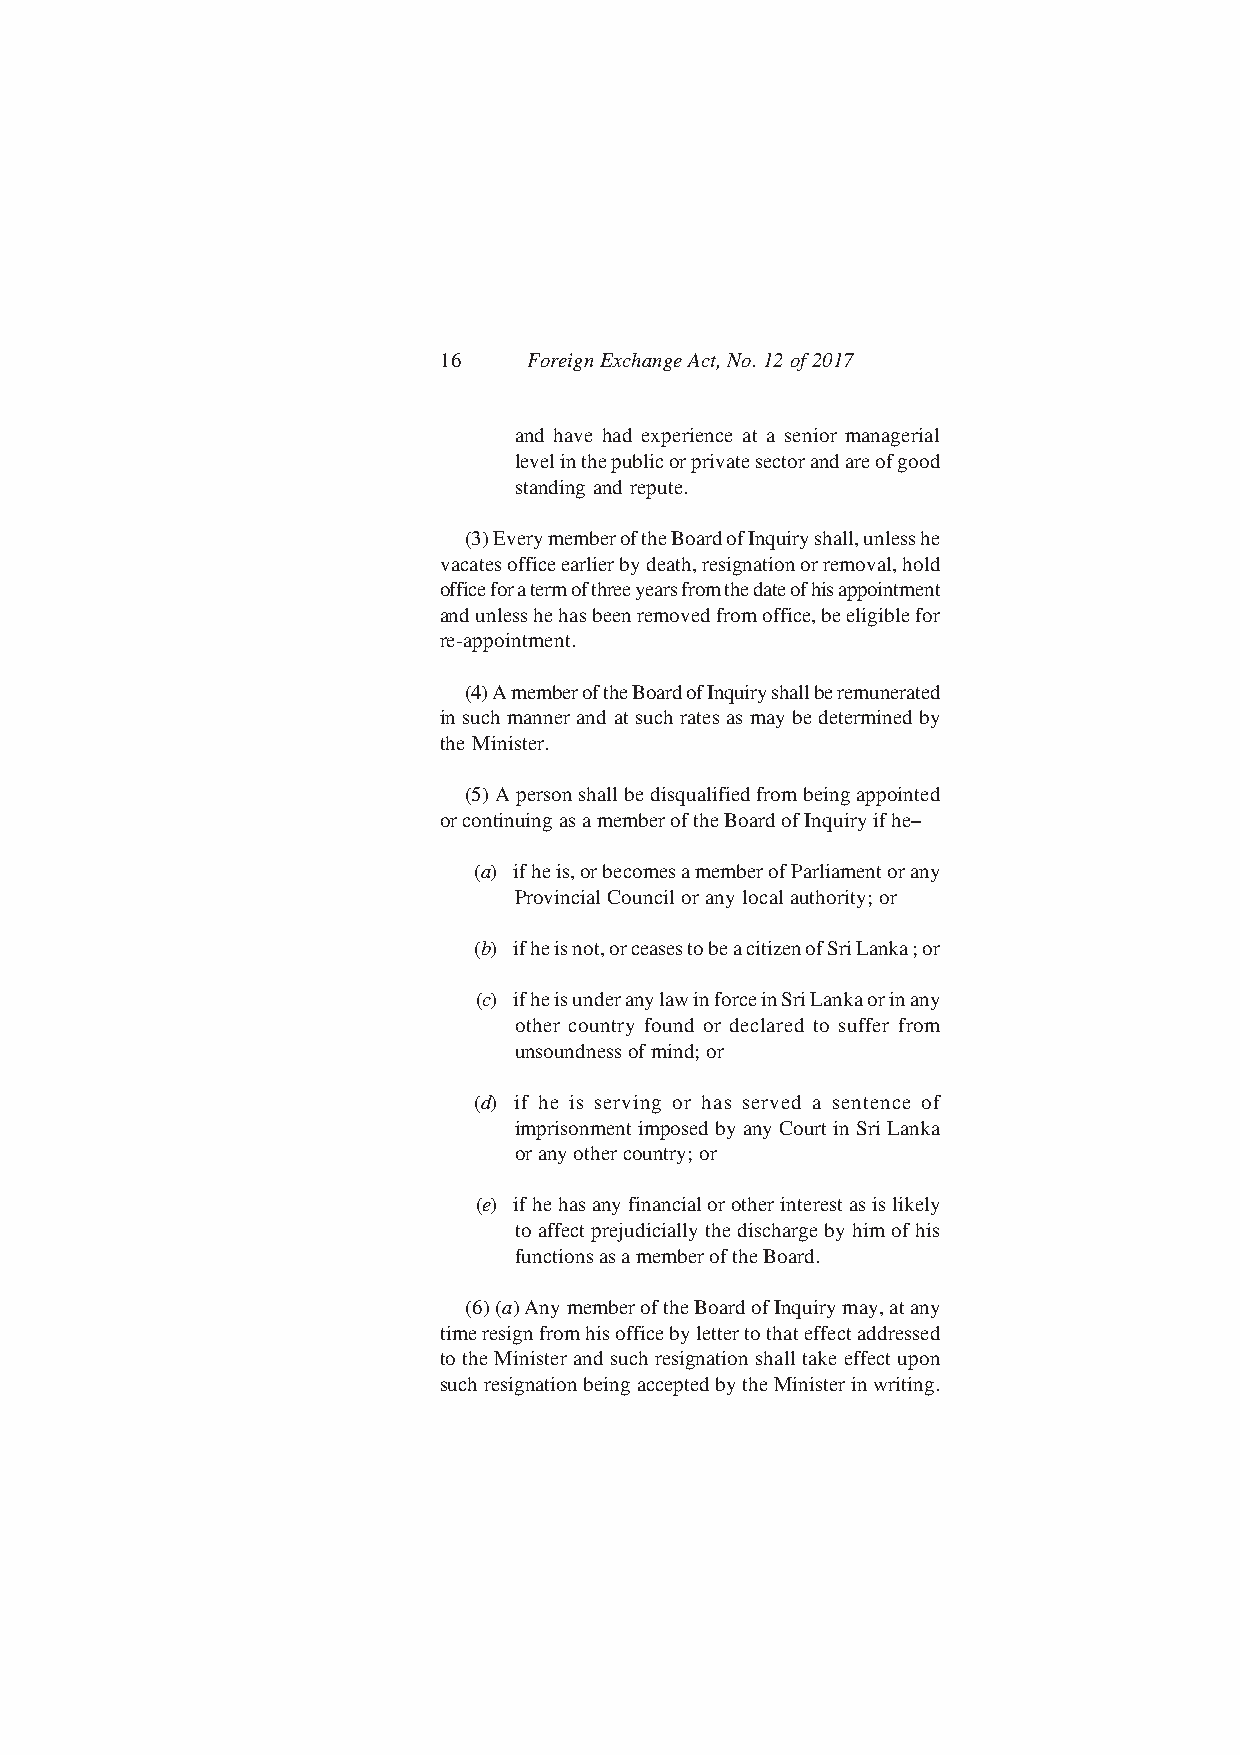
16    Foreign Exchange Act, No. 12 of 2017
 and have had experience at a senior managerial
 level in the public or private sector and are of good
 standing and repute.
 (3) Every member of the Board of Inquiry shall, unless he
 vacates office earlier by death, resignation or removal, hold
 office for a term of three years from the date of his appointment
 and unless he has been removed from office, be eligible for
 re-appointment.
 (4) A member of the Board of Inquiry shall be remunerated
 in such manner and at such rates as may be determined by
 the Minister.
 (5) A person shall be disqualified from being appointed
 or continuing as a member of the Board of Inquiry if he–
 (a) if he is, or becomes a member of Parliament or any
 Provincial Council or any local authority; or
 (b) if he is not, or ceases to be a citizen of Sri Lanka ; or
 (c) if he is under any law in force in Sri Lanka or in any
 other country found or declared to suffer from
 unsoundness of mind; or
 (d) if he is serving or has served a sentence of
 imprisonment imposed by any Court in Sri Lanka
 or any other country; or
 (e) if he has any financial or other interest as is likely
 to affect prejudicially the discharge by him of his
 functions as a member of the Board.
 (6) (a) Any member of the Board of Inquiry may, at any
 time resign from his office by letter to that effect addressed
 to the Minister and such resignation shall take effect upon
 such resignation being accepted by the Minister in writing.